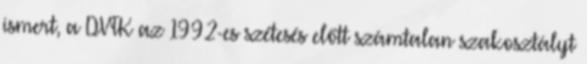
ismert, a DVTK az 1992-es szétesés előtt számtalan szakosztályt